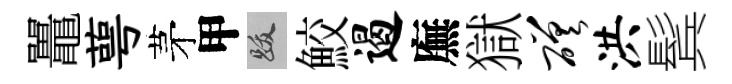
鼉萼茅甲跋鮫遏廡獄磋洪鬂